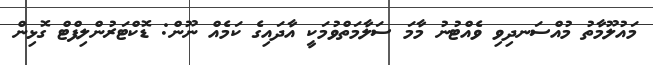
މައުލޫމާތު މުއްސަނދިވި ވެއްޓުނު މާމަ ސަލާމަތްވުމަކީ އާދައިގެ ކަމެއް ނޫން: ޑޮކްޓަރުންލިފްޓް ގޮޅިން